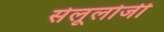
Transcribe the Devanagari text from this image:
सेलूलोजी